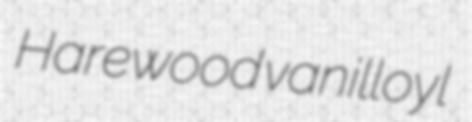
Harewood vanilloyl